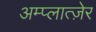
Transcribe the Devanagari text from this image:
अम्प्लात्ज़ेर